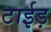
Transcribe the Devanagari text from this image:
टाईड़